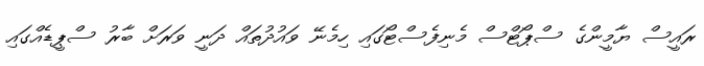
ރައީސް ޔާމީންގެ ސްޕޯޓްސް މެނިފެސްޓޯގައި ހިމެނޭ ވައުދުތައް ދަނީ ވަރަށް ބާރު ސްޕީޑެއްގައި